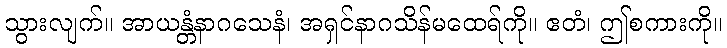
သွားလျက်။ အာယန္တံနာဂသေနံ၊ အရှင်နာဂသိန်မထေရ်ကို။ ဧတံ၊ ဤစကားကို။